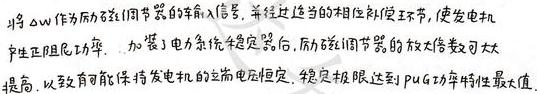
将$\Delta \omega$作为励磁调节器的输入信号， 并经过适当的相位补偿环节， 使发电机产生正阻尼功率. 加装了电力系统稳定器后， 励磁调节器的放大倍数可大大提高， 以致有可能保持发电机的端电压恒定， 稳定极限达到$P - \delta$功率特性最大值.